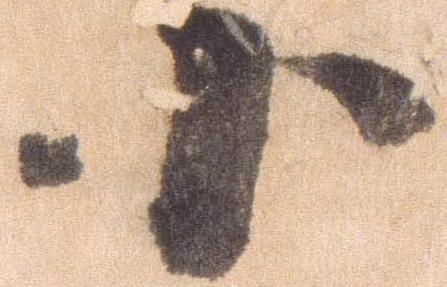
小